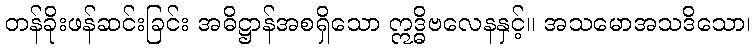
တန်ခိုးဖန်ဆင်းခြင်း အဓိဋ္ဌာန်အစရှိသော ဣဒ္ဓိဗလေနနှင့်။ အသမောအသဒိသော၊